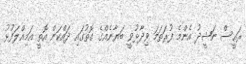
ރައީސް ނަޝީދު އެންމެ ފުރަތަމަ ވިދާޅުވީ ބަޔާނެއްގެ ގޮތުގައި ދައްކަން އޮތީ އަމިއްލަފުޅު